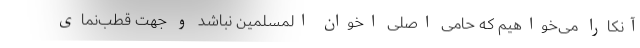
آنکارا می‌خواهیم که حامی اصلی اخوان المسلمین نباشد و جهت قطب‌نمای